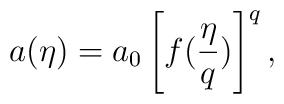
a(\eta) = a_0 \left[f({\eta\over q})\right]^q,